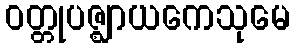
ဝတ္တုပဇ္ဈာယကေသုမေ